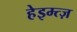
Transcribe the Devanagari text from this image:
हेइम्त्ज़